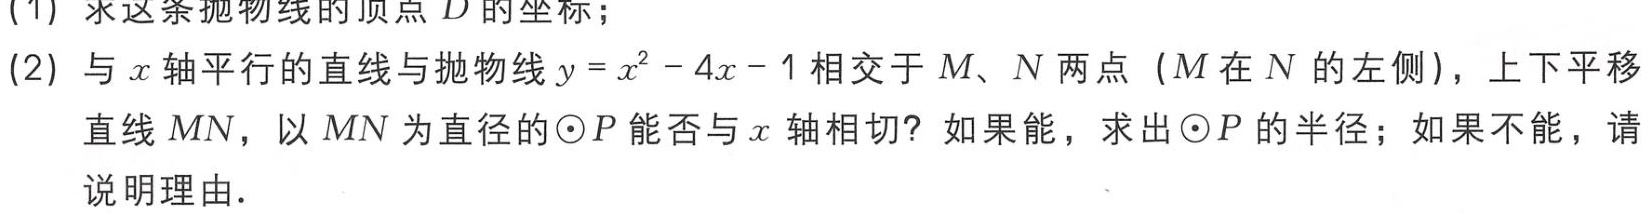
(1) 求这条抛物线的顶点 \(D\) 的坐标；

(2) 与 \(x\) 轴平行的直线与抛物线 \(y = x^{2}-4x - 1\) 相交于 \(M、N\) 两点（\(M\) 在 \(N\) 的左侧），上下平移

直线 \(MN\)，以 \(MN\) 为直径的 \(\odot P\) 能否与 \(x\) 轴相切？如果能，求出 \(\odot P\) 的半径；如果不能，请

说明理由.